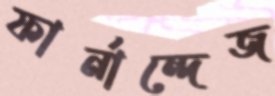
ফার্নান্দেজ